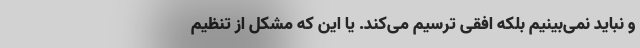
و نباید نمی‌بینیم بلکه افقی ترسیم می‌کند. یا این که مشکل از تنظیم